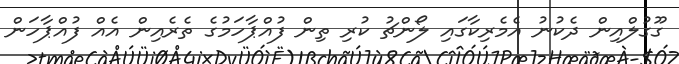
ގޫގުލްއިން ދެކުނު އެމެރިކާގައި ލޯންޗު ކުރި ތިން ފުއްޕާހަމުގެ ތެރެއިން އެއް ފުއްޕާހަން